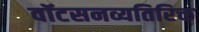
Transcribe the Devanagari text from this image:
वॉटसनव्यतिरिक्त